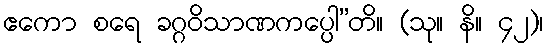
ဧကော စရေ ခဂ္ဂဝိသာဏကပ္ပေါ”တိ။ (သု။ နိ။ ၄၂)၊